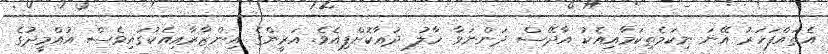
އެތައްފަހަރު އޭނަ ނިކަމެތިކަމާއިއެކު އާދޭސް ދަންނަވާ ހާލު ދުޢާކޮށްފިއެވެ. އަރީންގެ އިންޒާރާއިއެކުގައިވެސް އުއްމީދުގެ